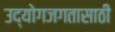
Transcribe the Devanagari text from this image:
उद्योगजगतासाठी